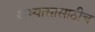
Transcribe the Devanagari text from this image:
अभ्यासासाठीच